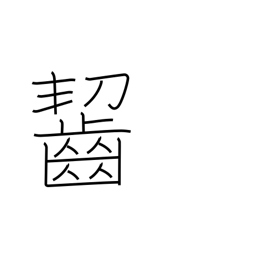
Meaning: munch